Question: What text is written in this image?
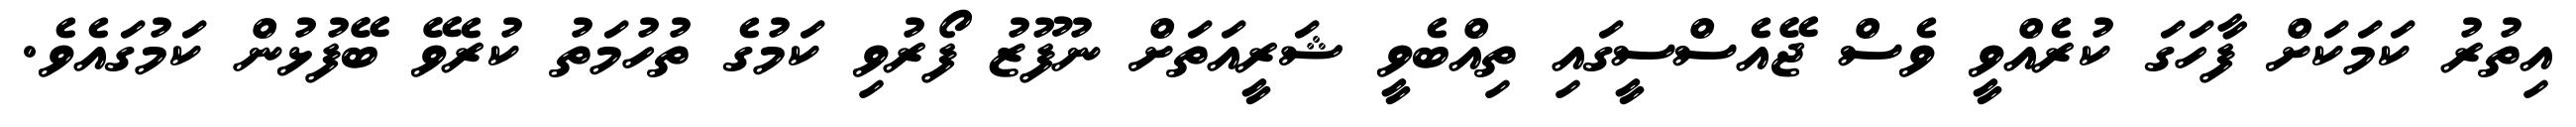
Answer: އިތުރު ކަމަކަށް ފާހަގަ ކުރެއްވީ ވެސް ޖޭއެސްސީގައި ތިއްބެވީ ޝަރީއަތަށް ނުފޫޒު ފޯރުވި ކަމުގެ ތުހުމަތު ކުރެވޭ ބޭފުޅުން ކަމުގައެވެ.